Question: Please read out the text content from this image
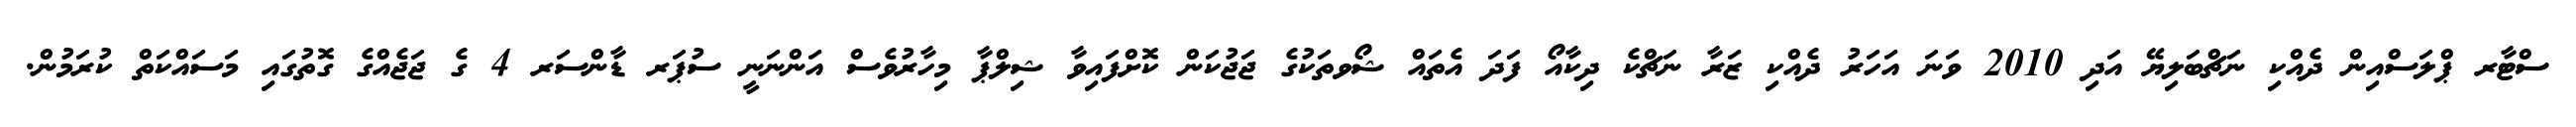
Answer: ސްޓާރ ޕްލަސްއިން ދެއްކި ނަޗްބަލިޔޭ އަދި 2010 ވަނަ އަހަރު ދެއްކި ޒަރާ ނަޗްކެ ދިކާއޯ ފަދަ އެތައް ޝޯވތަކުގެ ޖަޖުކަން ކޮށްފައިވާ ޝިލްޕާ މިހާރުވެސް އަންނަނީ ސުޕަރ ޑާންސަރ 4 ގެ ޖަޖެއްގެ ގޮތުގައި މަސައްކަތް ކުރަމުން.